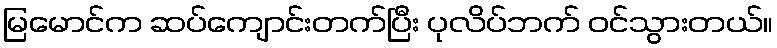
မြမောင်က ဆပ်ကျောင်းတက်ပြီး ပုလိပ်ဘက် ဝင်သွားတယ်။